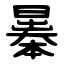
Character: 曓